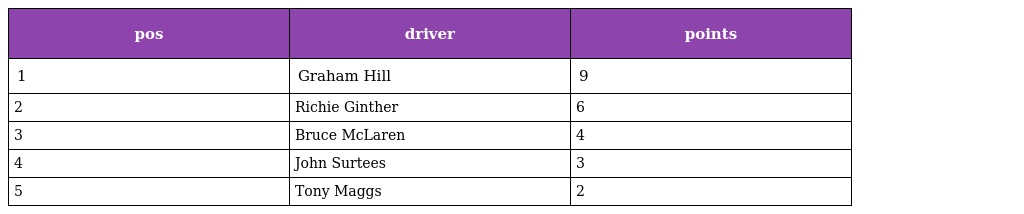
| pos | driver | points |
 | --- | --- | --- |
 | 1 | Graham Hill | 9 |
 | 2 | Richie Ginther | 6 |
 | 3 | Bruce McLaren | 4 |
 | 4 | John Surtees | 3 |
 | 5 | Tony Maggs | 2 |